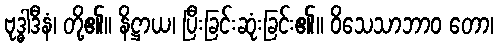
ဗုဒ္ဓါဒီနံ၊ တို့၏။ နိဋ္ဌာယ၊ ပြီးခြင်းဆုံးခြင်း၏။ ဝိသေသာဘာဝ တော၊